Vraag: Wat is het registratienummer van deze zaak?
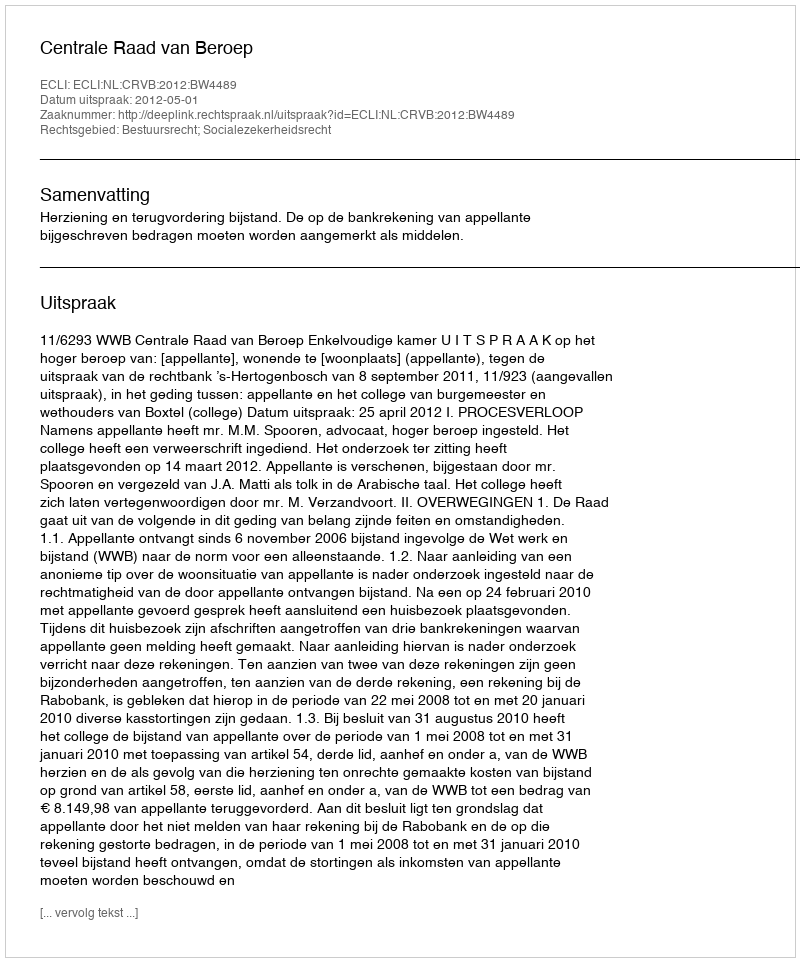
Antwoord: http://deeplink.rechtspraak.nl/uitspraak?id=ECLI:NL:CRVB:2012:BW4489